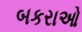
બકરાઓ